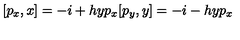
[ p _ { x } , x ] = - i + h y p _ { x } [ p _ { y } , y ] = - i - h y p _ { x }